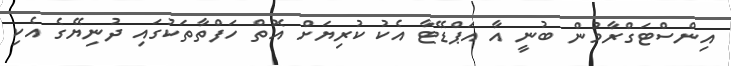
އިންސްޓަގްރާމުން ބުނީ އާ އަޕްޑޭޓާ އެކު ކުރިޔަށް އޮތް ހަފްތާތަކުގައި ދުނިޔޭގެ އެކި